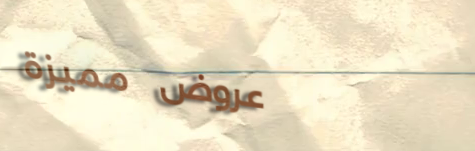
عروض مميزة